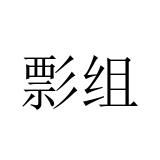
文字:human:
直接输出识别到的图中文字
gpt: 彯组